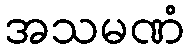
အသမဏံ